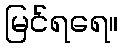
မြင်ရရေ။